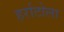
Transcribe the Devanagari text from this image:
हर्राटोला